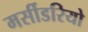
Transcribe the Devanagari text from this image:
मर्सीडरियो